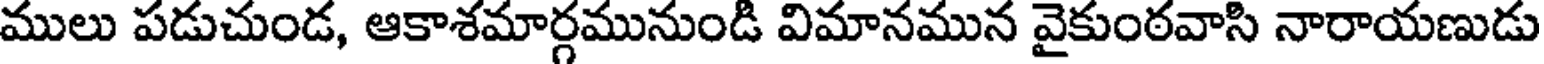
ములు పడుచుండ, ఆకాశమార్గమునుండి విమానమున వైకుంఠవాసి నారాయణుడు